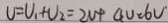
U = U _ { 1 } + U _ { 2 } = 2 U + 4 U = 6 U